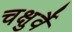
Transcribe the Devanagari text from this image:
चक्षुर्वै